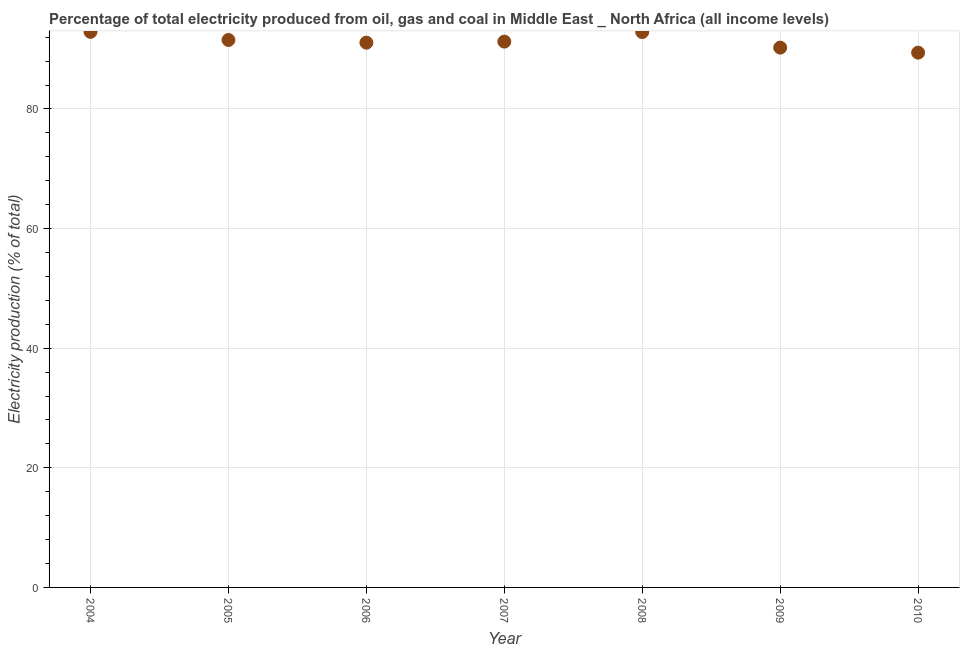
| Year | Electricity production |
 | --- | --- |
 | 2004 | 92.9 |
 | 2005 | 91.5 |
 | 2006 | 91.1 |
 | 2007 | 91.3 |
 | 2008 | 92.9 |
 | 2009 | 90.3 |
 | 2010 | 89.4 |